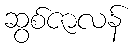
ဆွစ်ဇာလန်